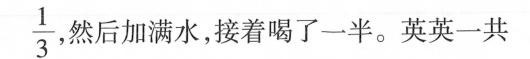
\frac{1}{3}然后加满水，接着喝了一半。 英英一共